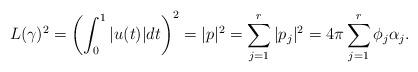
LaTeX: \begin{align*}L(\gamma)^2 = \left(\int_0^1 |u(t)| dt\right)^2 = |p|^2 = \sum_{j=1}^r |p_j|^2 = 4\pi \sum_{j=1}^r \phi_j \alpha_j.\end{align*}